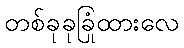
တစ်ခုခုခြုံထားလေ